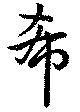
希